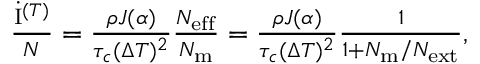
\begin{array} { r } { \frac { \dot { \mathrm { I } } ^ { ( T ) } } { N } = \frac { \rho J ( \alpha ) } { \tau _ { c } ( \Delta T ) ^ { 2 } } \frac { N _ { \mathrm { e f f } } } { N _ { \mathrm { m } } } = \frac { \rho J ( \alpha ) } { \tau _ { c } ( \Delta T ) ^ { 2 } } \frac { 1 } { 1 + N _ { \mathrm { m } } / N _ { \mathrm { e x t } } } , } \end{array}